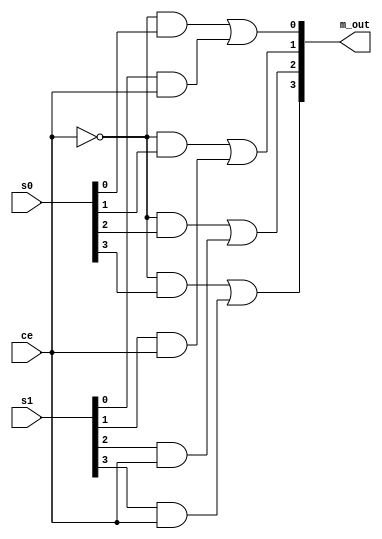
// Copyright (C) 2020  Intel Corporation. All rights reserved.
// Your use of Intel Corporation's design tools, logic functions 
// and other software and tools, and any partner logic 
// functions, and any output files from any of the foregoing 
// (including device programming or simulation files), and any 
// associated documentation or information are expressly subject 
// to the terms and conditions of the Intel Program License 
// Subscription Agreement, the Intel Quartus Prime License Agreement,
// the Intel FPGA IP License Agreement, or other applicable license
// agreement, including, without limitation, that your use is for
// the sole purpose of programming logic devices manufactured by
// Intel and sold by Intel or its authorized distributors.  Please
// refer to the applicable agreement for further details, at
// https://fpgasoftware.intel.com/eula.

// PROGRAM		"Quartus Prime"
// VERSION		"Version 20.1.1 Build 720 11/11/2020 SJ Lite Edition"
// CREATED		"Tue Dec 21 10:46:37 2021"

module mx_4bit_2x1(
	ce,
	s0,
	s1,
	m_out
);


input wire	ce;
input wire	[3:0] s0;
input wire	[3:0] s1;
output wire	[3:0] m_out;

wire	[3:0] l_s0;
wire	[3:0] l_s1;
wire	[3:0] m_line;
wire	SYNTHESIZED_WIRE_0;
wire	SYNTHESIZED_WIRE_1;
wire	SYNTHESIZED_WIRE_2;
wire	SYNTHESIZED_WIRE_3;
wire	SYNTHESIZED_WIRE_4;
wire	SYNTHESIZED_WIRE_5;
wire	SYNTHESIZED_WIRE_12;
wire	SYNTHESIZED_WIRE_10;
wire	SYNTHESIZED_WIRE_11;




assign	SYNTHESIZED_WIRE_11 = l_s1[0] & ce;

assign	SYNTHESIZED_WIRE_1 = l_s1[1] & ce;

assign	m_line[1] = SYNTHESIZED_WIRE_0 | SYNTHESIZED_WIRE_1;

assign	m_line[2] = SYNTHESIZED_WIRE_2 | SYNTHESIZED_WIRE_3;

assign	m_line[3] = SYNTHESIZED_WIRE_4 | SYNTHESIZED_WIRE_5;

assign	SYNTHESIZED_WIRE_3 = l_s1[2] & ce;

assign	SYNTHESIZED_WIRE_5 = l_s1[3] & ce;

assign	SYNTHESIZED_WIRE_10 = SYNTHESIZED_WIRE_12 & l_s0[0];

assign	SYNTHESIZED_WIRE_0 = SYNTHESIZED_WIRE_12 & l_s0[1];

assign	SYNTHESIZED_WIRE_2 = SYNTHESIZED_WIRE_12 & l_s0[2];

assign	SYNTHESIZED_WIRE_4 = SYNTHESIZED_WIRE_12 & l_s0[3];

assign	SYNTHESIZED_WIRE_12 =  ~ce;

assign	m_line[0] = SYNTHESIZED_WIRE_10 | SYNTHESIZED_WIRE_11;

assign	m_out = m_line;
assign	l_s0 = s0;
assign	l_s1 = s1;

endmodule